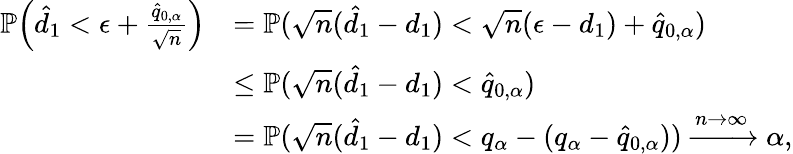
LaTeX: \begin{array}{rl}{\mathbb{P}\Big(\hat{d}_{1}<\epsilon+\frac{\hat{q}_{0,\alpha}}{\sqrt{n}}\Big)}&{=\mathbb{P}(\sqrt{n}(\hat{d}_{1}-d_{1})<\sqrt{n}(\epsilon-d_{1})+\hat{q}_{0,\alpha})}\\ &{\leq\mathbb{P}(\sqrt{n}(\hat{d}_{1}-d_{1})<\hat{q}_{0,\alpha})}\\ &{=\mathbb{P}(\sqrt{n}(\hat{d}_{1}-d_{1})<q_{\alpha}-(q_{\alpha}-\hat{q}_{0,\alpha}))\xrightarrow{n\to\infty}\alpha,}\end{array}